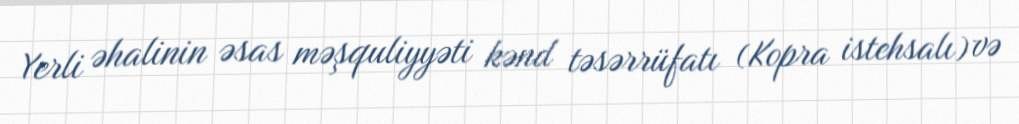
Yerli əhalinin əsas məşquliyyəti kənd təsərrüfatı (Kopra istehsalı) və